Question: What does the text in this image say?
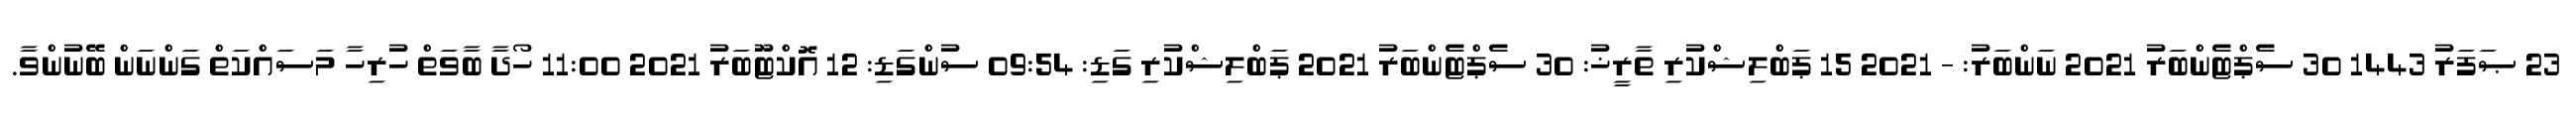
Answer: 23 ޞަފަރު 1443 30 ސެޕްޓެންބަރު 2021 ނަންބަރު: - 2021 15 ޕަބްލިޝްކުރި ތާރީޚު: 30 ސެޕްޓެންބަރު 2021 ޕަބްލިޝްކުރި ގަޑި: 09:54 ސުންގަޑި: 12 އޮކްޓޫބަރު 2021 11:00 ހޯދާ ބާވަތް ހުރިހާ މަސައްކަތް ގަންނަން ބޭނުންވާ.